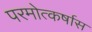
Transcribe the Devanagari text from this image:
परमोत्कर्षास